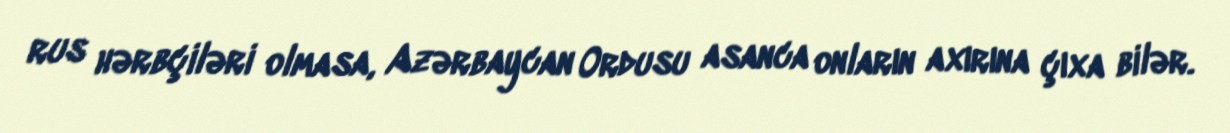
rus hərbçiləri olmasa, Azərbaycan Ordusu asanca onların axırına çıxa bilər.